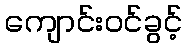
ကျောင်းဝင်ခွင့်